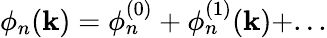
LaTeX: \phi_{n}(\mathbf{k})=\phi_{n}^{(0)}+\phi_{n}^{(1)}(\mathbf{k})+...